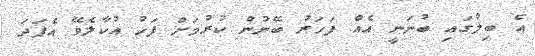
އެ ބިލުގައި ބުނަނީ އެއް ފަހަރު ބޭނުން ކުރުމަށް ފަހު އުކާލެވޭ އެފަދަ